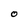
Character: O